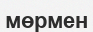
мөрмен